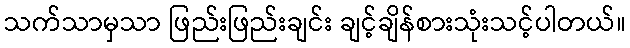
သက်သာမှသာ ဖြည်းဖြည်းချင်း ချင့်ချိန်စားသုံးသင့်ပါတယ်။